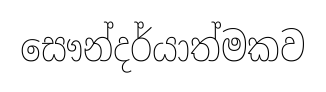
සෞන්දර්යාත්මකව